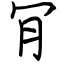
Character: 肎